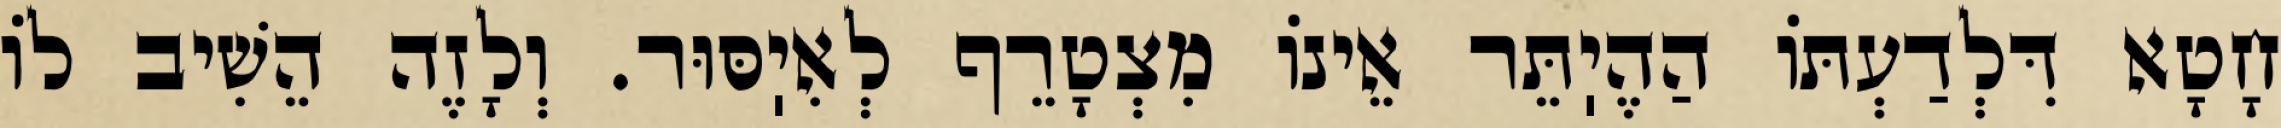
חָטָא דִּלְדַעְתּוֹ הַהֶיֽתֵּר אֵינוֹ מִצְטָרֵף לְאִיֽסּוּר. וְלָזֶה הֵשִׁיב לוֹ